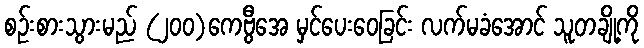
စဉ်းစားသွားမည် (၂၀၀)ကေဗွီအေ မှင်ပေးဝေခြင်း လက်မခံအောင် သူတချို့ကို